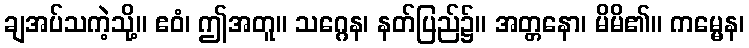
ချအပ်သကဲ့သို့။ ဧဝံ၊ ဤအတူ။ သဂ္ဂေန၊ နတ်ပြည်၌။ အတ္တနော၊ မိမိ၏။ ကမ္မေန၊